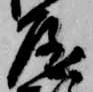
屋